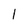
Character: l